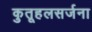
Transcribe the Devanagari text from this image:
कुतूहलसर्जना